Second election of Education Authorities, 1922, 1922
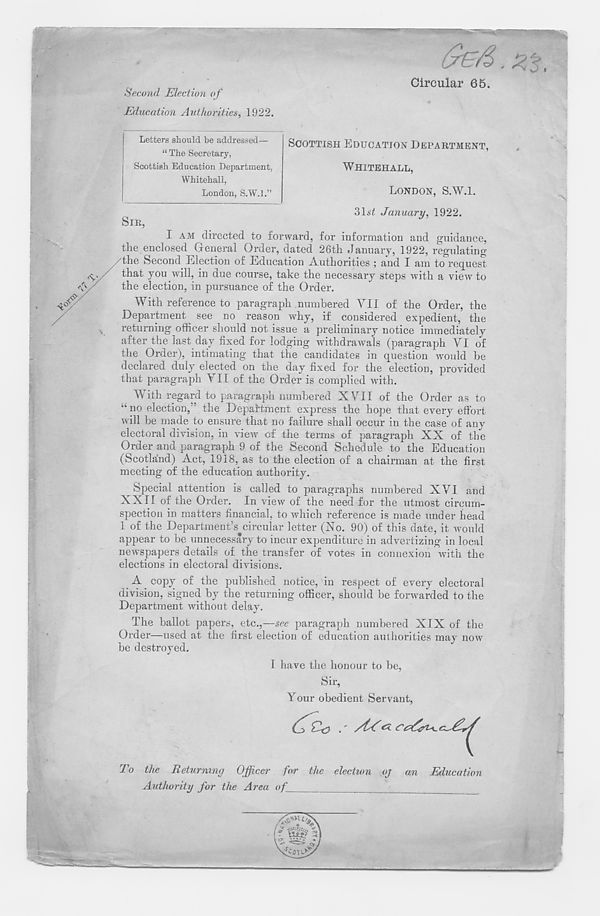
Circular 65.
Second Election of
Education Authorities, 1922.
SCOTTISH EDUCATION DEPARTMENT,
WHITEHALL,
LONDON, S.W.l.
31s£ January, 1922.
SIR,
I AM directed to forward, for information and guidance,
the enclosed General Order, dated 26th January, 1922, regulating
/the Second Election of Education Authorities ; and I am to request
f^i a f you will, in due course, take the necessary steps with a view to
A/
the election, in pursuance of the Order.
With reference to paragraph numbered YU of the Order, the
Department see no reason why, if considered expedient, the
v returning officer should not issue a preliminary notice immediately
after the last day fixed for lodging withdrawals (paragraph VI of
the Order), intimating that the candidates in question would be
declared duly elected on the day fixed for the election, provided
that paragraph VII of the Order is complied with.
With regard to paragraph numbered XVII of the Order as to
“no election, ' the Department express the hope that every effort
will be made to ensure that no failure shall occur in the case of any
electoral division, in view of the terms of paragraph XX of the
Order and paragraph 9 of the Second Schedule to the Education
(Scotland) Act, 1918, as to the election of a chairman at the first
meeting of the education authority.
Special attention is called to paragraphs numbered XVI and
XXII of the Order. In view of the need for the utmost circum-
spection in matters financial, to which reference is made under head
1 of the Department’s circular letter (No. 90) of this date, it would
appear to be unnecessary to incur expenditure in advertizing in local
newspapers details of the transfer of votes in connexion with the
elections in electoral divisions.
A copy of the published notice, in respect of every electoral
division, signed by the returning officer, should be forwarded to the
Department without delay.
The ballot papers, etc.,—see paragraph numbered XIX of the
Order—used at the first election of education authorities may now
be destroyed.
I have the honour to be,
Sir,
Your obedient Servant,
Letters should be addressed—
“ The Secretary,
Scottish Education Department,
Whitehall,
London, S.W.l.”
To the Returning Officer for the election oj an Education
Authority for the Area of